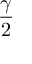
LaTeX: \frac { \gamma } { 2 }